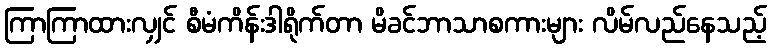
ကြာကြာထားလျှင် စီမံကိန်းဒါရိုက်တာ မိခင်ဘာသာစကားများ လိမ်လည်နေသည့်